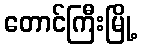
တောင်ကြီးမြို့